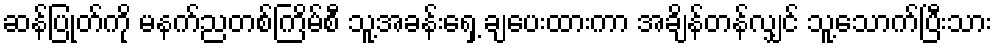
ဆန်ပြုတ်ကို မနက်ညတစ်ကြိမ်စီ သူ့အခန်းရှေ့ ချပေးထားကာ အချိန်တန်လျှင် သူ့သောက်ပြီးသား